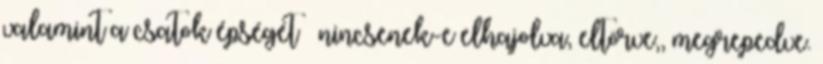
valamint a csatok épségét – nincsenek-e elhajolva, eltörve,, megrepedve.